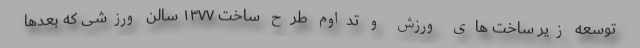
توسعه زیر ساخت های ورزش و تداوم طرح ساخت ۱۳۷۷ سالن ورزشی که بعدها